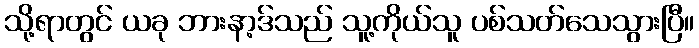
သို့ရာတွင် ယခု ဘားနာ့ဒ်သည် သူ့ကိုယ်သူ ပစ်သတ်သေသွားပြီ။